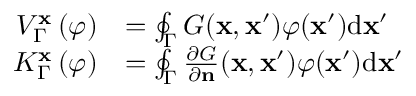
\begin{array} { r l } { V _ { \Gamma } ^ { \mathbf { x } } \left( \varphi \right) } & { = \oint _ { \Gamma } G ( \mathbf { x } , \mathbf { x } ^ { \prime } ) \varphi ( \mathbf { x } ^ { \prime } ) \mathrm { d } \mathbf { x } ^ { \prime } } \\ { K _ { \Gamma } ^ { \mathbf { x } } \left( \varphi \right) } & { = \oint _ { \Gamma } \frac { \partial G } { \partial \mathbf { n } } ( \mathbf { x } , \mathbf { x } ^ { \prime } ) \varphi ( \mathbf { x } ^ { \prime } ) \mathrm { d } \mathbf { x } ^ { \prime } } \end{array}